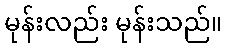
မုန်းလည်း မုန်းသည်။